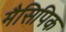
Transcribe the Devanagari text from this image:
मैसिपिक